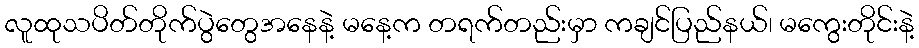
လူထုသပိတ်တိုက်ပွဲတွေအနေနဲ့ မနေ့က တရက်တည်းမှာ ကချင်ပြည်နယ်၊ မကွေးတိုင်းနဲ့